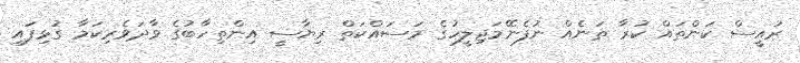
ރައީސް ކަންތައް ކުރާ ތަނެއް ނުފެނޭމަޖިލީހުގެ މަސައްކަތް ރިޔާސީ އިންތިހާބުގެ ވާދަވެރިކަމާ ގުޅިފައި